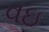
વઇ